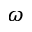
\omega